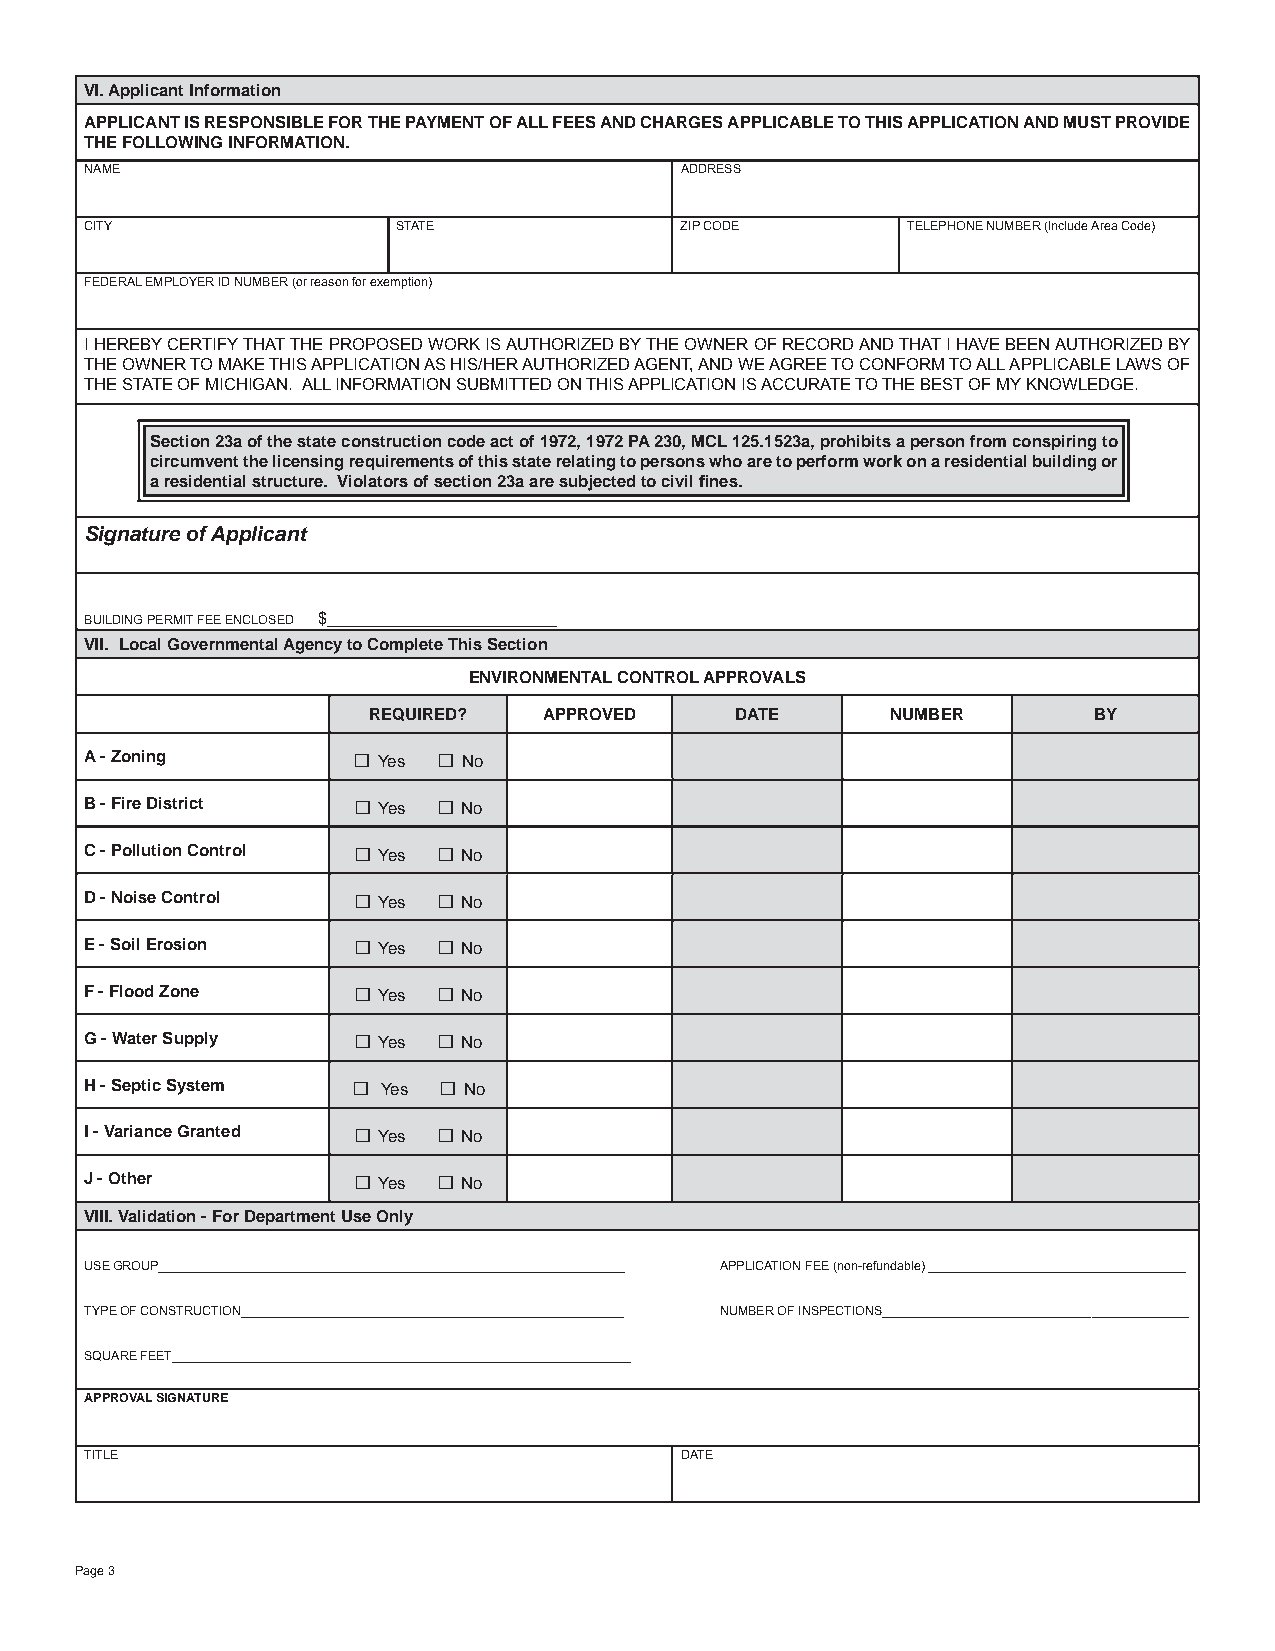
VI. Applicant Information
 APPLICANT IS RESPONSIBLE FOR THE PAYMENT OF ALL FEES AND CHARGES APPLICABLE TO THIS APPLICATION AND MUST PROVIDE
 THE FOLLOWING INFORMATION.
 NAME                                   ADDRESS
 CITY                STATE              ZIP CODE       TELEPHONE NUMBER (Include Area Code)
 FEDERAL EMPLOYER ID NUMBER (or reason for exemption)
 I HEREBY CERTIFY THAT THE PROPOSED WORK IS AUTHORIZED BY THE OWNER OF RECORD AND THAT I HAVE BEEN AUTHORIZED BY
 THE OWNER TO MAKE THIS APPLICATION AS HIS/HER AUTHORIZED AGENT, AND WE AGREE TO CONFORM TO ALL APPLICABLE LAWS OF
 THE STATE OF MICHIGAN. ALL INFORMATION SUBMITTED ON THIS APPLICATION IS ACCURATE TO THE BEST OF MY KNOWLEDGE.
 Section 23a of the state construction code act of 1972, 1972 PA 230, MCL 125.1523a, prohibits a person from conspiring to
 circumvent the licensing requirements of this state relating to persons who are to perform work on a residential building or
 a residential structure. Violators of section 23a are subjected to civil fi nes.
 Signature of Applicant
 BUILDING PERMIT FEE ENCLOSED $_________________________________
 VII. Local Governmental Agency to Complete This Section
 ENVIRONMENTAL CONTROL APPROVALS
 REQUIRED?   APPROVED     DATE      NUMBER       BY
 A - Zoning       □ Yes □ No
 B - Fire District □ Yes □ No
 C - Pollution Control □ Yes □ No
 D - Noise Control □ Yes □ No
 E - Soil Erosion □ Yes □ No
 F - Flood Zone   □ Yes □ No
 G - Water Supply □ Yes □ No
 H - Septic System □ Yes □ No
 I - Variance Granted □ Yes □ No
 J - Other        □ Yes □ No
 VIII. Validation - For Department Use Only
 USE GROUP___________________________________________________________________ APPLICATION FEE (non-refundable) _____________________________________
 TYPE OF CONSTRUCTION_______________________________________________________ NUMBER OF INSPECTIONS____________________________________________
 SQUARE FEET__________________________________________________________________
 APPROVAL SIGNATURE
 TITLE                                  DATE
 Page 3